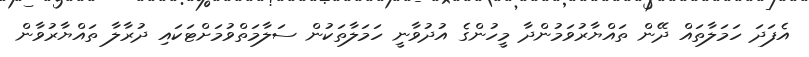
އެފަދަ ހަމަލާތައް ދޭން ތައްޔާރުވަމުންދާ މީހުންގެ އުދުވާނީ ހަމަލާތަކުން ސަލާމަތްވުމަށްޓަކައި ދުރާލާ ތައްޔާރުވާން